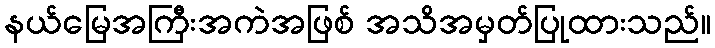
နယ်မြေအကြီးအကဲအဖြစ် အသိအမှတ်ပြုထားသည်။